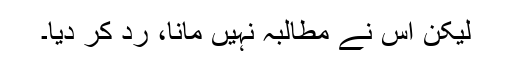
لیکن اس نے مطالبہ نہیں مانا، ردّ کر دیا۔